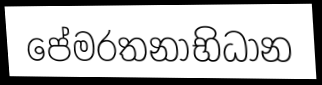
පේමරතනාභිධාන